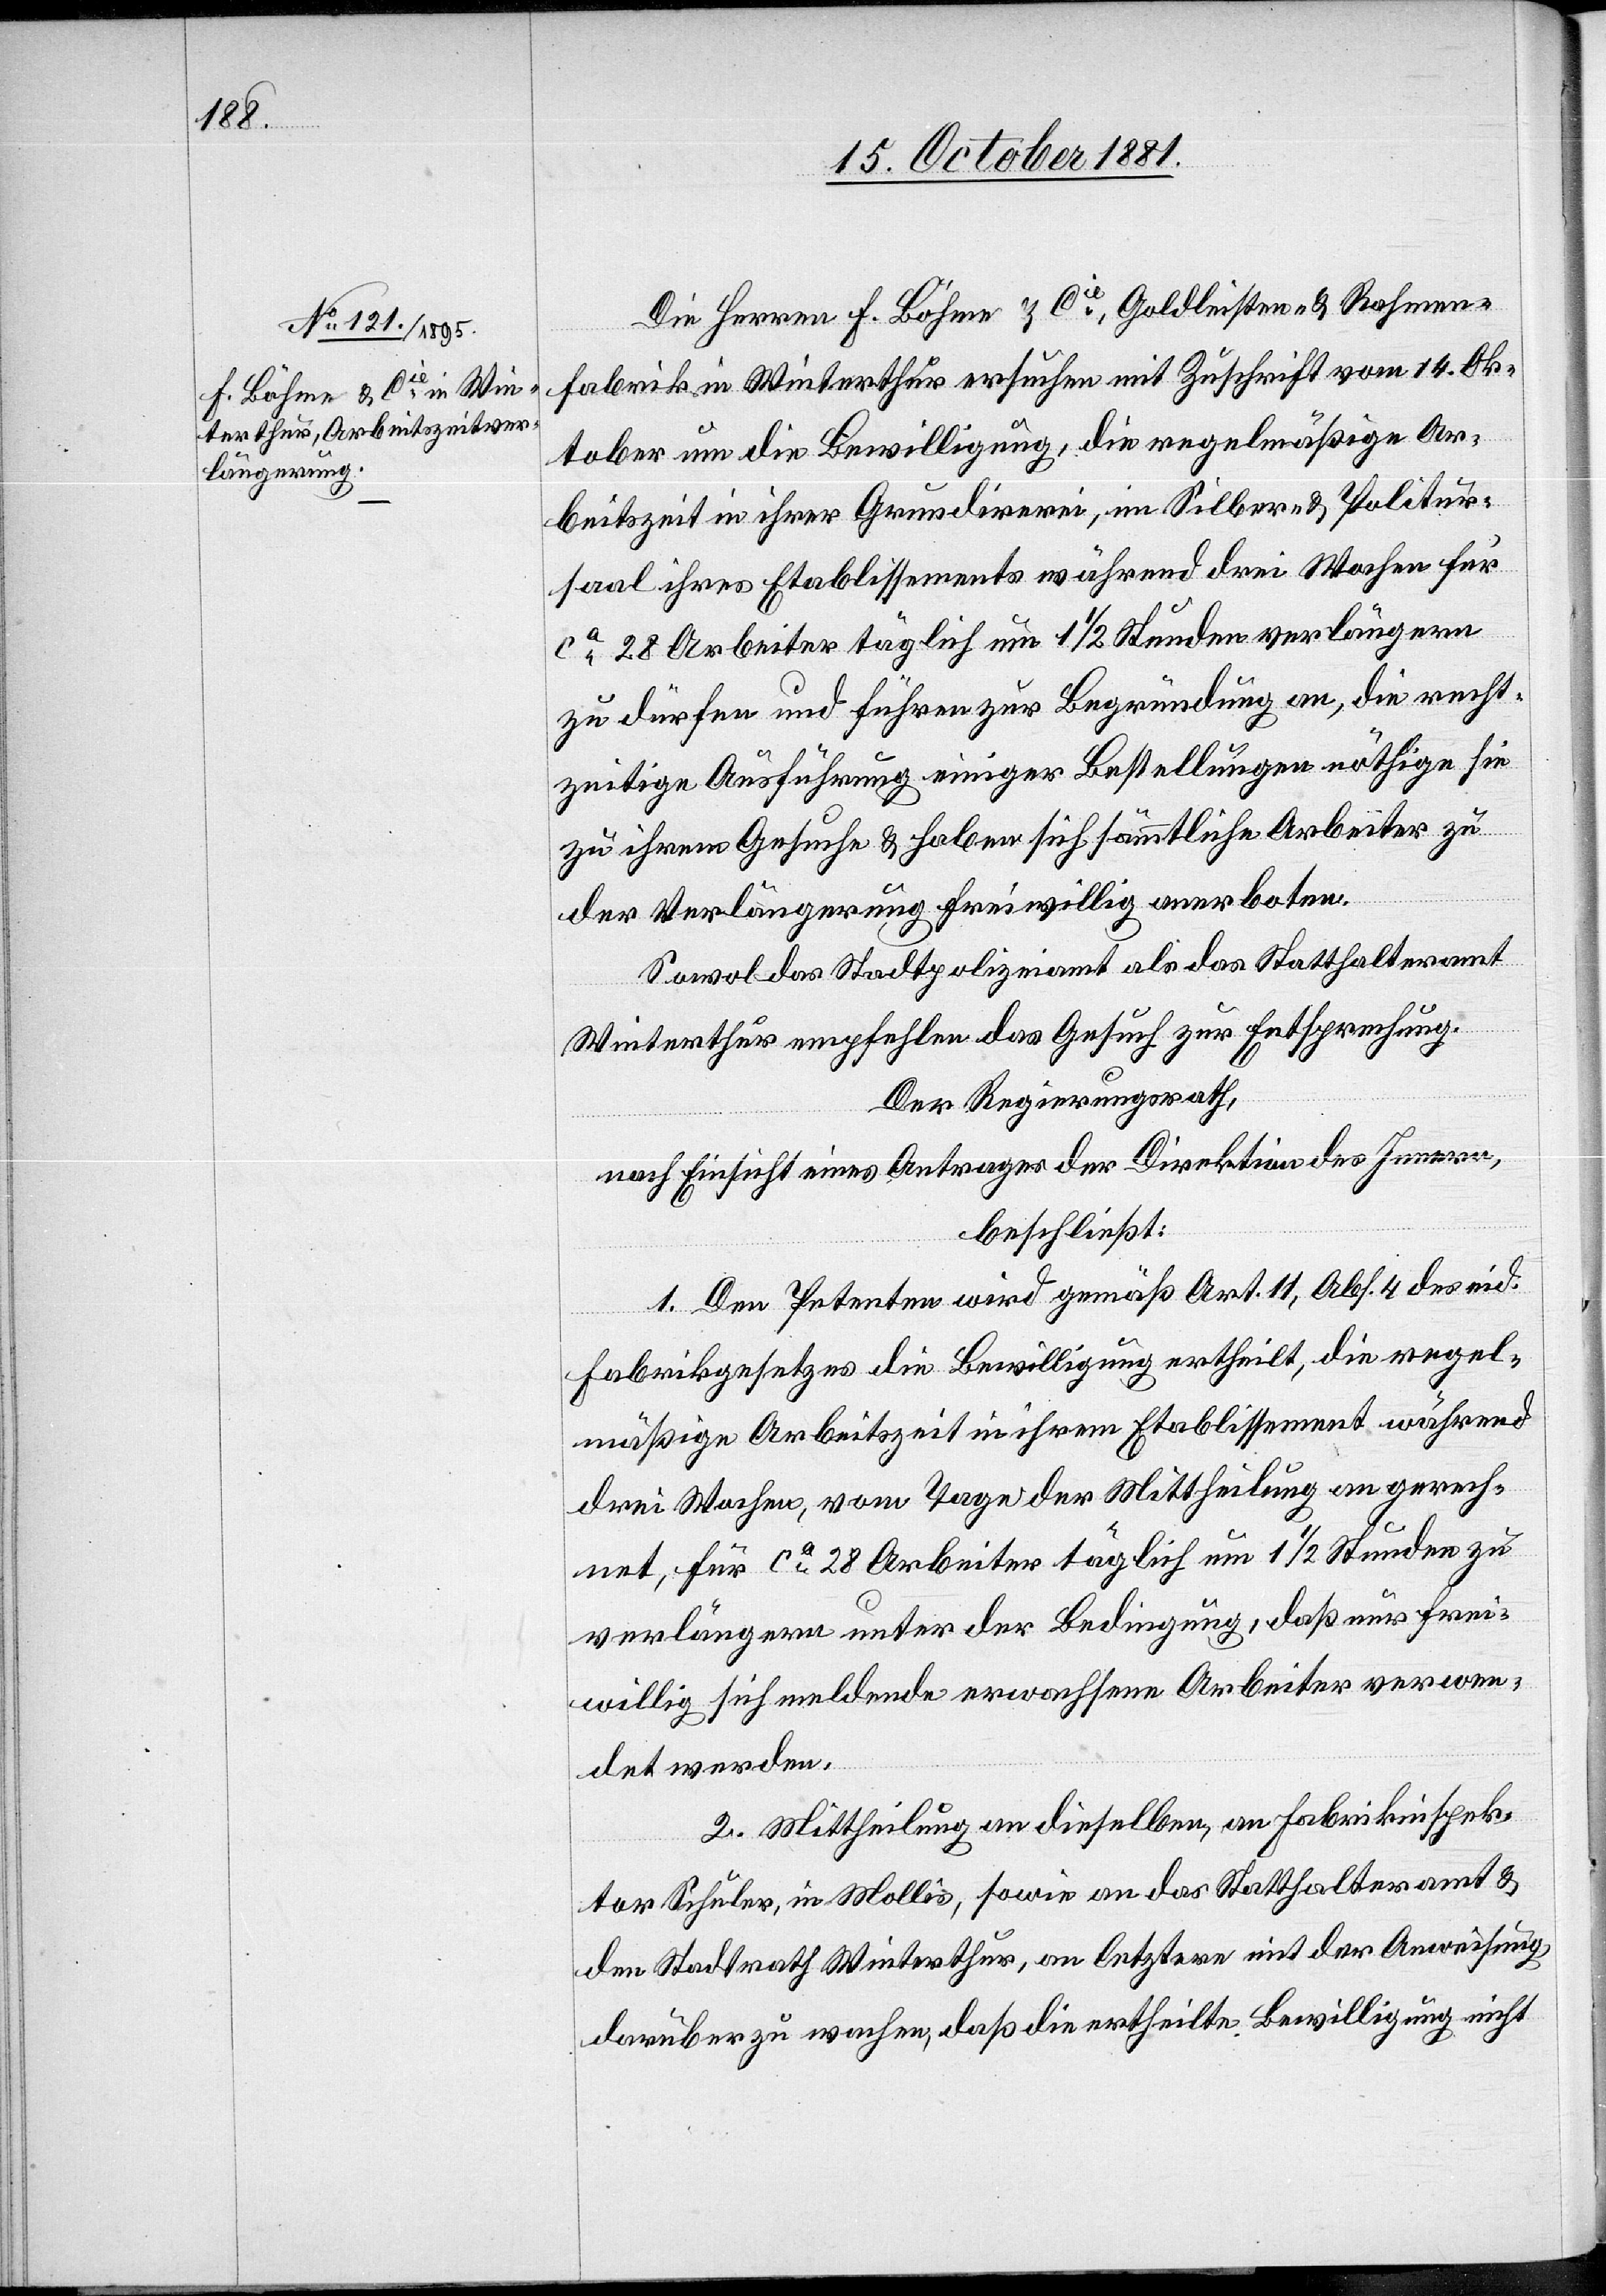
Die Herren F. Löhme & Cie, Goldleisten- & Rahmen¬
fabrik in Winterthur ersuchen mit Zuschrift vom 14. Ok¬
tober um die Bewilligung, die regelmäßige Ar¬
beitszeit in ihrer Grundirerei, im Silber- & Politur¬
saal ihres Etablissements während drei Wochen für
ca 28 Arbeiter täglich um 1 1/2 Stunden verlängern
zu dürfen und führen zur Begründung an, die recht¬
zeitige Ausführung einiger Bestellungen nöthige sie
zu ihrem Gesuche & haben sich sämmtliche Arbeiter zu
der Verlängerung freiwillig anerboten.
Sowol das Stadtpolizeiamt als das Statthalteramt
Winterthur empfehlen das Gesuch zur Entsprechung.
Der Regierungsrath,
nach Einsicht eines Antrages Direktion des Innern,
beschließt:
1. Dem Petenten wird gemäß Art. 11, Abs. 4 des eid.
Fabrikgesetzes die Bewilligung ertheilt, die regel¬
mäßige Arbeitszeit in ihrem Etablissement während
drei Wochen, vom Tage der Mittheilung an gerech¬
net, für ca 28 Arbeiter täglich um 1 1/2 Stunden zu
verlängern unter der Bedingung, daß nur frei¬
willig sich meldende erwachsene Arbeiter verwen¬
det werden.
2. Mittheilung an dieselben, an Fabrikinspek¬
tor Schuler, in Mollis, sowie an das Statthalteramt &
den Stadtrath Winterthur, an letztern mit der Anweisung,
darüber zu wachen, daß die ertheilte Bewilligung nicht